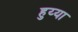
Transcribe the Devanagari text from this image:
हुय्या